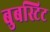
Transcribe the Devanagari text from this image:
बुबस्टिट